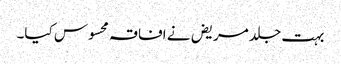
بہت جلد مریض نے افاقہ محسوس کیا۔